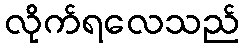
လိုက်ရလေသည်